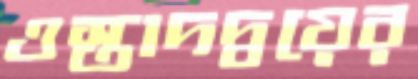
ওস্তাদদ্বয়ের